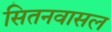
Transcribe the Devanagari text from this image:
सितनवासल